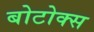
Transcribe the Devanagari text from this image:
बोटोक्स